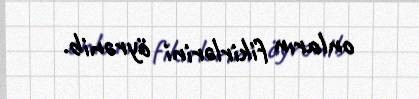
onların fikirlərini öyrənib.